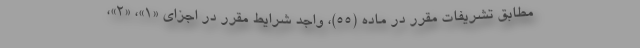
مطابق تشریفات مقرر در ماده (۵۵)، واجد شرایط مقرر در اجزای «۱»، «۲»،